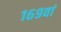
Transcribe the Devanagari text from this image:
१६९वां